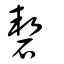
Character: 䂮